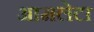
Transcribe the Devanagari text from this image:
आमलेटा